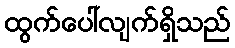
ထွက်ပေါ်လျက်ရှိသည်